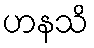
ဟနသိ